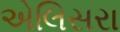
એલિસરા